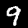
Digit: 9